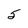
Character: 5